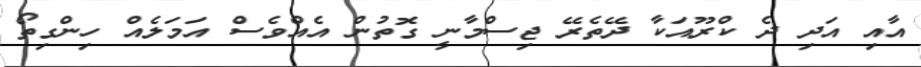
އާއި އަދި ދެ ކްރޫއަކާ ދޭތެރޭ ޖިސްމާނީ ގޮތުން އެއްވެސް އަމަލެއް ހިންގިތޯ